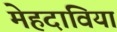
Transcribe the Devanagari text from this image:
मेहदाविया